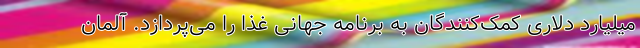
میلیارد دلاری کمک‌کنندگان به برنامه جهانی غذا را می‌پردازد. آلمان